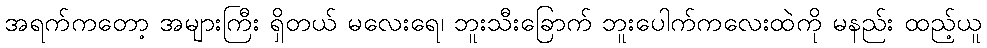
အရက်ကတော့ အများကြီး ရှိတယ် မလေးရေ၊ ဘူးသီးခြောက် ဘူးပေါက်ကလေးထဲကို မနည်း ထည့်ယူ